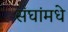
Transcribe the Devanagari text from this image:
संघांमधे